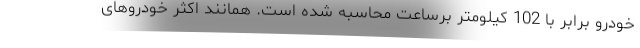
خودرو برابر با 102 کیلومتر برساعت محاسبه شده است. همانند اکثر خودروهای